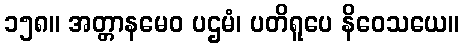
၁၅၈။ အတ္တာနမေဝ ပဌမံ၊ ပတိရူပေ နိဝေသယေ။